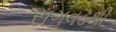
સગવડથી